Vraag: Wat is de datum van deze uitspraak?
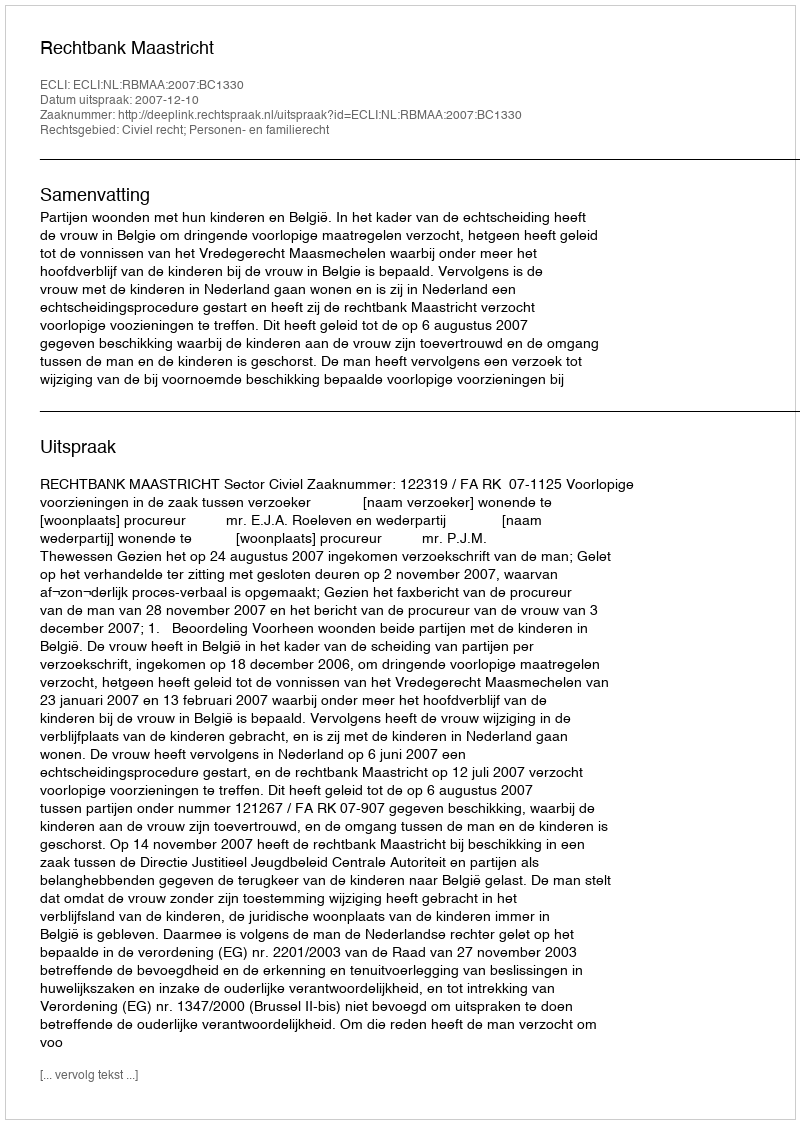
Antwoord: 2007-12-10